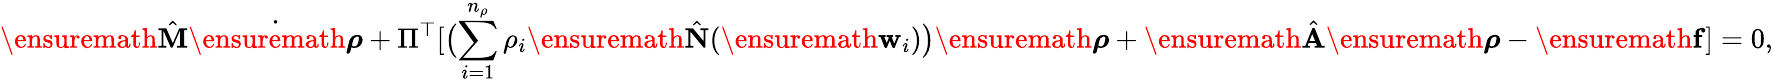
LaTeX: \ensuremath{\hat{\mathbf{M}}}\dot{\ensuremath{\boldsymbol{\rho}}}+\Pi^{\top}[\bigl(\sum_{i=1}^{n_{\rho}}\rho_{i}\ensuremath{\hat{\mathbf{N}}}(\ensuremath{\mathbf{w}}_{i})\bigr)\ensuremath{\boldsymbol{\rho}}+\ensuremath{\hat{\mathbf{A}}}\ensuremath{\boldsymbol{\rho}}-\ensuremath{\mathbf{f}}]=0,